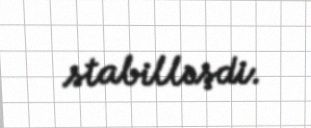
stabilləşdi.